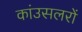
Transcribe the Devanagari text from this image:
कांउसलरों